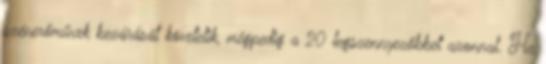
szénerőművek bezárását követelik, mégpedig a 20 legszennyezőbbet azonnal. Ha